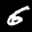
Label: 6